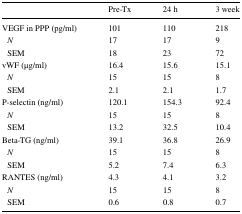
|  | Pre-Tx | 24 h | 3 week |
 | --- | --- | --- | --- |
 | VEGF in PPP (pg/ml) | 101 | 110 | 218 |
 | N | 17 | 17 | 9 |
 | SEM | 18 | 23 | 72 |
 | vWF (μg/ml) | 16.4 | 15.6 | 15.1 |
 | N | 15 | 15 | 8 |
 | SEM | 2.1 | 2.1 | 1.7 |
 | P-selectin (ng/ml) | 120.1 | 154.3 | 92.4 |
 | N | 15 | 15 | 8 |
 | SEM | 13.2 | 32.5 | 10.4 |
 | Beta-TG (ng/ml) | 39.1 | 36.8 | 26.9 |
 | N | 15 | 15 | 8 |
 | SEM | 5.2 | 7.4 | 6.3 |
 | RANTES (ng/ml) | 4.3 | 4.1 | 3.2 |
 | N | 15 | 15 | 8 |
 | SEM | 0.6 | 0.8 | 0.7 |